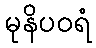
မုနိပဝရံ